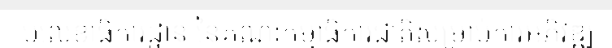
បលេខាធិការដ្ឋាន នៃគណៈកម្មាធិការជាតិសម្រាប់ការអភិវឌ្ឍ